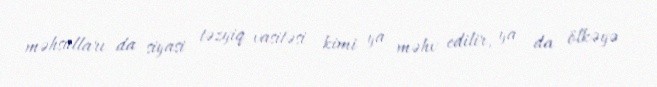
məhsulları da siyasi təzyiq vasitəsi kimi ya məhv edilir, ya da ölkəyə